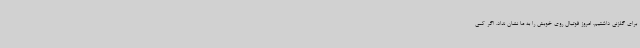
برای گلزنی داشتیم. امروز فوتبال روی خوبش را به ما نشان نداد. اگر کمی